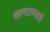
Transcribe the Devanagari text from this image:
सापडण्याने